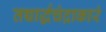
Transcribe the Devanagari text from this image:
तच्चार्द्धचंद्राकारं